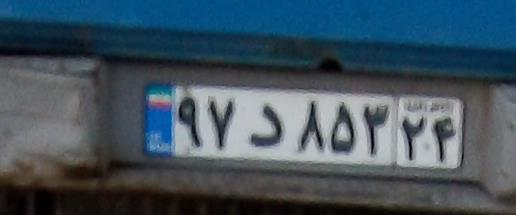
۹۷د۸۵۳۲۴